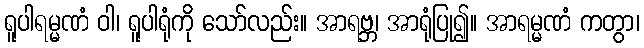
ရူပါရမ္မဏံ ဝါ၊ ရူပါရုံကို သော်လည်း။ အာရဗ္ဘ၊ အာရုံပြု၍။ အာရမ္မဏံ ကတွာ၊